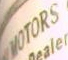
MOTORS